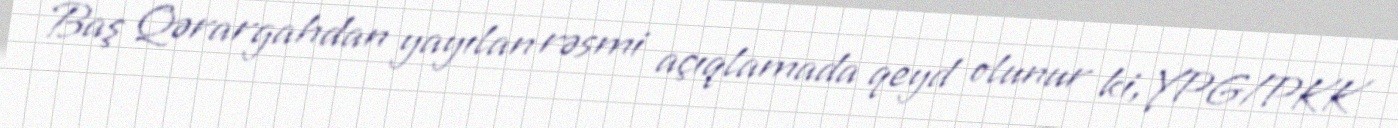
Baş Qərargahdan yayılan rəsmi açıqlamada qeyd olunur ki, YPG/PKK